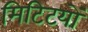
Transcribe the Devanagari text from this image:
मिटिटयों